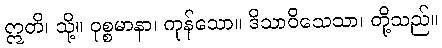
ဣတိ၊ သို့။ ဝုစ္စမာနာ၊ ကုန်သော။ ဒိသာဝိသေသာ၊ တို့သည်။